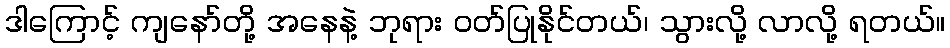
ဒါကြောင့် ကျနော်တို့ အနေနဲ့ ဘုရား ဝတ်ပြုနိုင်တယ်၊ သွားလို့ လာလို့ ရတယ်။